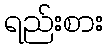
ရည်းစား